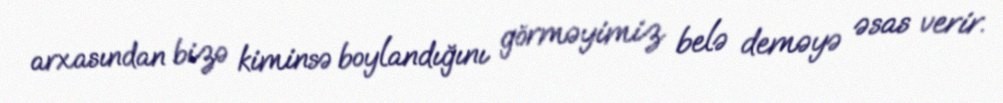
arxasından bizə kiminsə boylandığını görməyimiz belə deməyə əsas verir.